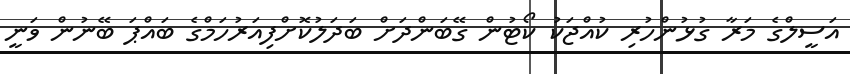
އަސީލްގެ މަރާ ގުޅުންހުރި ކުއްޖަކު ކޯޓުން ގޭބަންދަށް ބަދަލުކޮށްފިއަރުހަމްގެ ބައްޕަ ބޭނުން ވަނީ